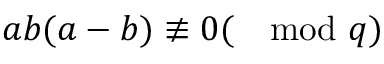
a b ( a - b ) \not \equiv 0 ( \mod q )